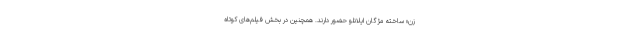
زن» ساخته مژگان ایلانلو حضور دارند. همچنین در بخش فیلم‌های کوتاه